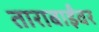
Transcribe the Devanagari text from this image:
ताराबाईंवर